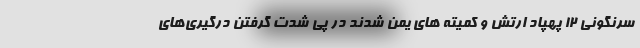
سرنگونی ۱۲ پهپاد ارتش و کمیته های یمن شدند در پی شدت گرفتن درگیری‌های